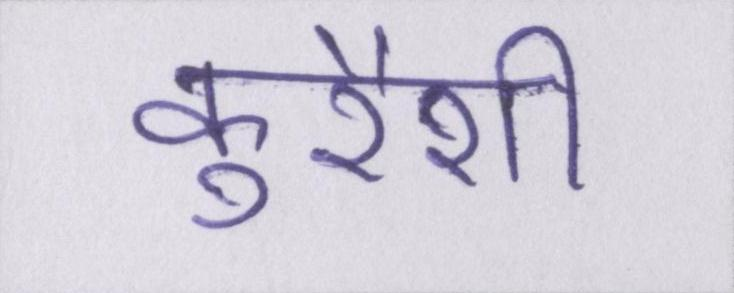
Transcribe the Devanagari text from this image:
कुरैशी